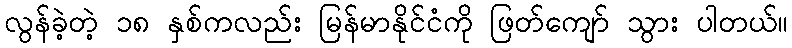
လွန်ခဲ့တဲ့ ၁၈ နှစ်ကလည်း မြန်မာနိုင်ငံကို ဖြတ်ကျော် သွား ပါတယ်။